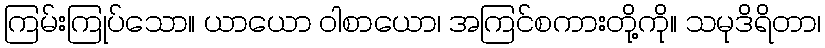
ကြမ်းကြုပ်သော။ ယာယော ဝါစာယော၊ အကြင်စကားတို့ကို။ သမုဒိရိတာ၊